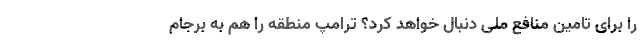
را برای تامین منافع ملّی دنبال خواهد کرد؟ ترامپ منطقه را هم به برجام